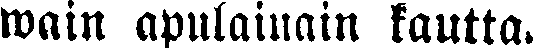
wain apulainain kautta.